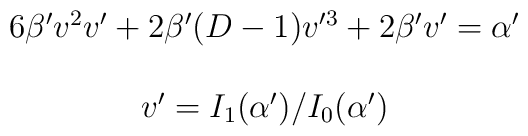
\begin{array}{c}6\beta'v^2v'+2\beta'(D-1)v'^3+2\beta' v' = \alpha'\\ \\v' = I_1(\alpha')/I_0(\alpha')\\\end{array}